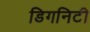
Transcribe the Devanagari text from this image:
डिगनिटी